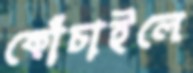
কোঁচাইলে